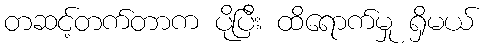
တဆင့်တက်တာက ပိုပြီး ထိရောက်မှု ရှိမယ်